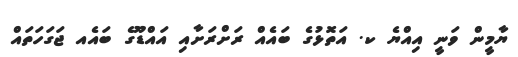
ޔާމީން ވަނީ އިއްޔެ ކ. އަތޮޅުގެ ބައެއް ރަށްރަށާއި އައްޑޫގެ ބައެއ ޖަގަހަތައް